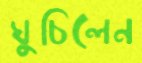
ঘুচিলেন